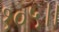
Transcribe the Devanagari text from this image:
१०५।।